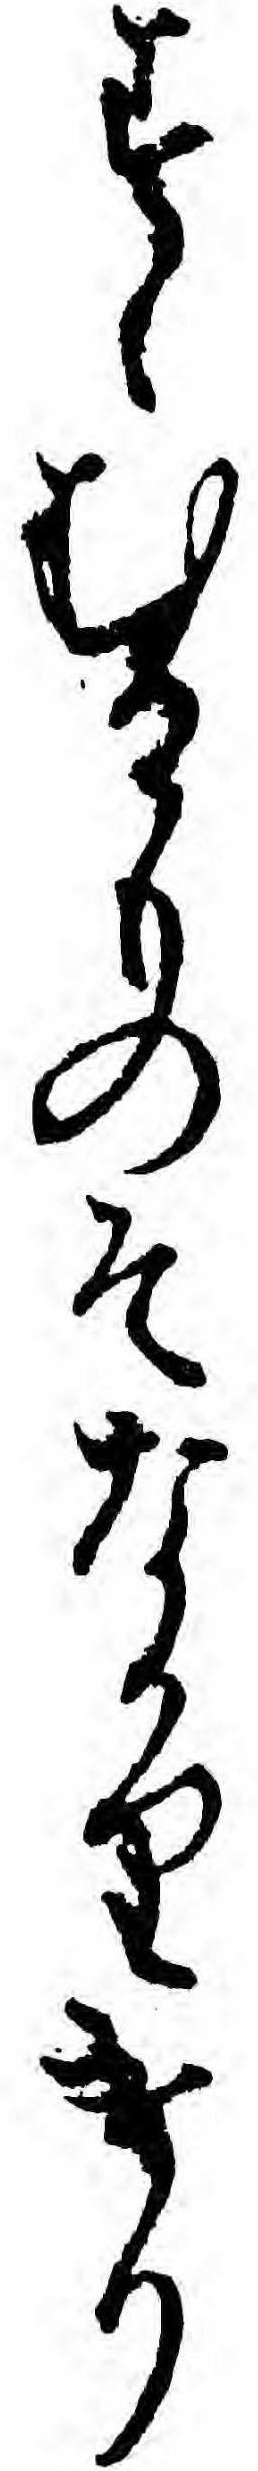
すゝむるものそなかりけり